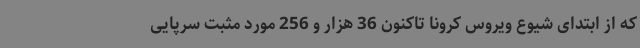
که از ابتدای شیوع ویروس کرونا تاکنون 36 هزار و 256 مورد مثبت سرپایی